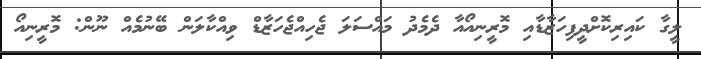
ލީގާ ކައިރިކޮށްދީފިހަޒާޑާއި މޮރީނިއޯއާ ދެމެދު މައްސަލަ ޖެހިއްޖެހަޒާޑް ވިއްކާލަން ބޭނުމެއް ނޫން: މޮރީނިއޯ